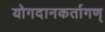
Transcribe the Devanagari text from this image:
योगदानकर्तागण्